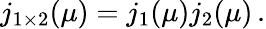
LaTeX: j_{1\times 2}(\mu)=j_{1}(\mu)j_{2}(\mu)\, .